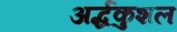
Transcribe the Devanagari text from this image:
अर्द्धकुशल